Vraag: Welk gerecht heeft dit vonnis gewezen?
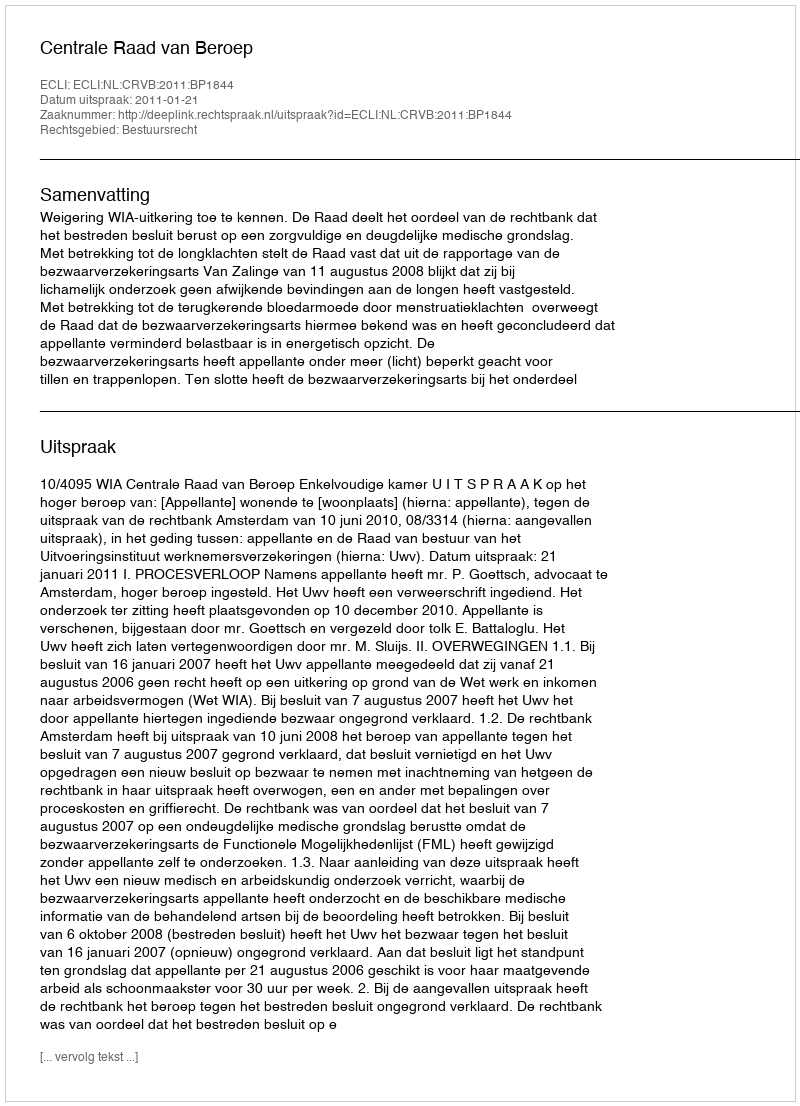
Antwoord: Centrale Raad van Beroep